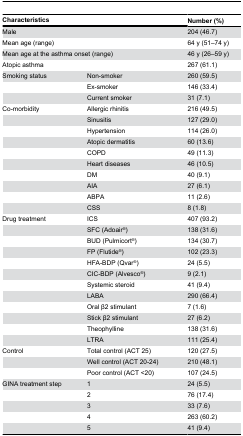
| <COLSPAN=2> Characteristics | Number (%) |
 | --- | --- | --- |
 | <COLSPAN=2> Male | 204 (46.7) |
 | <COLSPAN=2> Mean age (range) | 64 y (51–74 y) |
 | <COLSPAN=2> Mean age at the asthma onset (range) | 46 y (26–59 y) |
 | <COLSPAN=2> Atopic asthma | 267 (61.1) |
 | Smoking status | Non-smoker | 260 (59.5) |
 |  | Ex-smoker | 146 (33.4) |
 |  | Current smoker | 31 (7.1) |
 | Co-morbidity | Allergic rhinitis | 216 (49.5) |
 |  | Sinusitis | 127 (29.0) |
 |  | Hypertension | 114 (26.0) |
 |  | Atopic dermatitis | 60 (13.6) |
 |  | COPD | 49 (11.3) |
 |  | Heart diseases | 46 (10.5) |
 |  | DM | 40 (9.1) |
 |  | AIA | 27 (6.1) |
 |  | ABPA | 11 (2.6) |
 |  | CSS | 8 (1.8) |
 | Drug treatment | ICS | 407 (93.2) |
 |  | SFC (Adoair®) | 138 (31.6) |
 |  | BUD (Pulmicort®) | 134 (30.7) |
 |  | FP (Flutide®) | 102 (23.3) |
 |  | HFA-BDP (Qvar®) | 24 (5.5) |
 |  | CIC-BDP (Alvesco®) | 9 (2.1) |
 |  | Systemic steroid | 41 (9.4) |
 |  | LABA | 290 (66.4) |
 |  | Oral β2 stimulant | 7 (1.6) |
 |  | Stick β2 stimulant | 27 (6.2) |
 |  | Theophylline | 138 (31.6) |
 |  | LTRA | 111 (25.4) |
 | Control | Total control (ACT 25) | 120 (27.5) |
 |  | Well control (ACT 20-24) | 210 (48.1) |
 |  | Poor control (ACT <20) | 107 (24.5) |
 | GINA treatment step | 1 | 24 (5.5) |
 |  | 2 | 76 (17.4) |
 |  | 3 | 33 (7.6) |
 |  | 4 | 263 (60.2) |
 |  | 5 | 41 (9.4) |